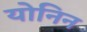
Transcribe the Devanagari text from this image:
योनिन